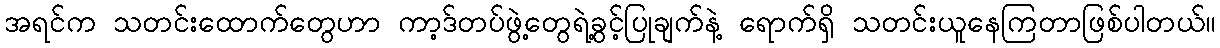
အရင်က သတင်းထောက်တွေဟာ ကာ့ဒ်တပ်ဖွဲ့တွေရဲ့ခွင့်ပြုချက်နဲ့ ရောက်ရှိ သတင်းယူနေကြတာဖြစ်ပါတယ်။